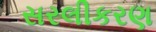
સરલીકરણ